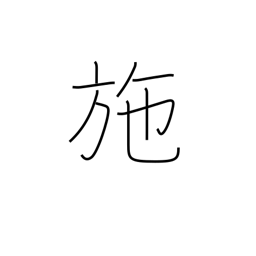
Meaning: bestow